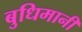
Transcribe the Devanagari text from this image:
बुधिमानी